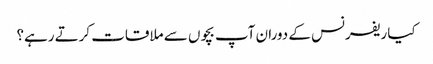
کیا ریفرنس کے دوران آپ بچوں سے ملاقات کرتے رہے؟